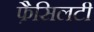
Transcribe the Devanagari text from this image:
फ़ैसिलटी